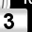
Digit: 3